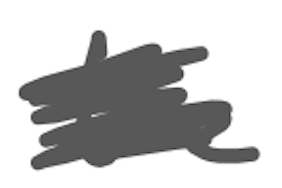
Text: the
Cross-out: scratch
Writing tool: digital_gray